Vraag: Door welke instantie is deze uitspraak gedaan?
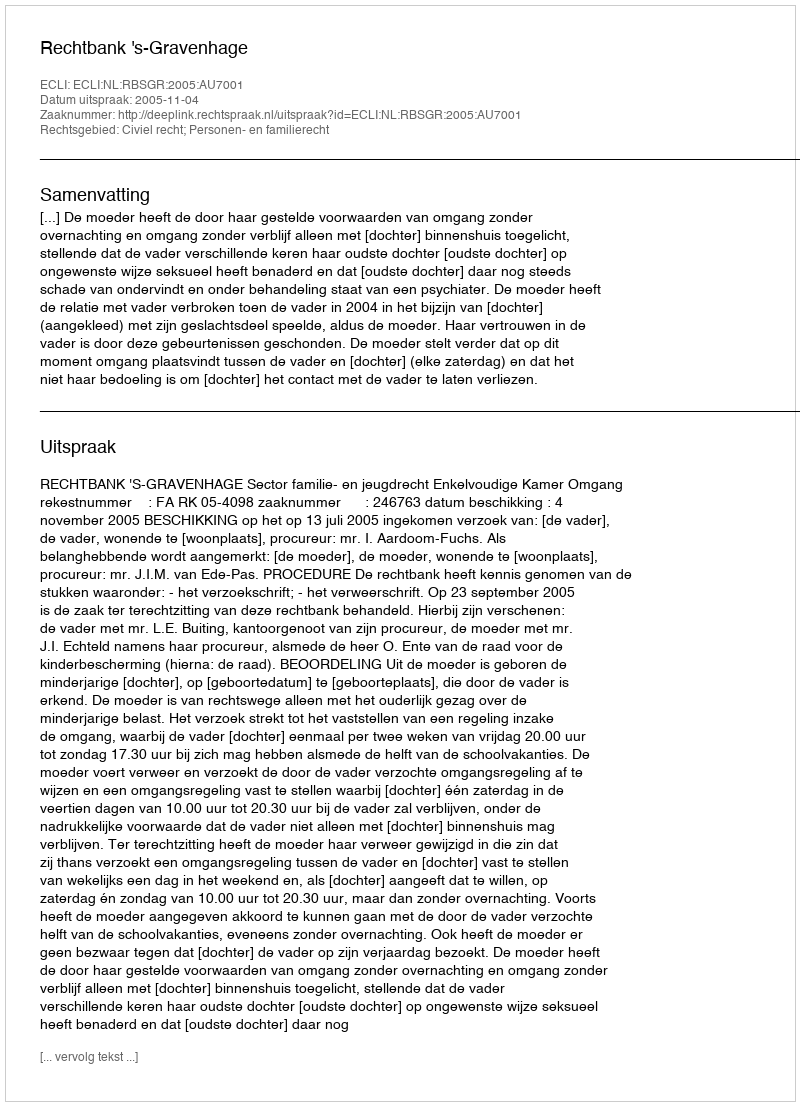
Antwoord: Rechtbank 's-Gravenhage